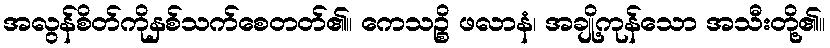
အလွန်စိတ်ကိုနှစ်သက်စေတတ်၏။ ကေသဉ္စိ ဖလာနံ၊ အချို့ကုန်သော အသီးတို့၏။